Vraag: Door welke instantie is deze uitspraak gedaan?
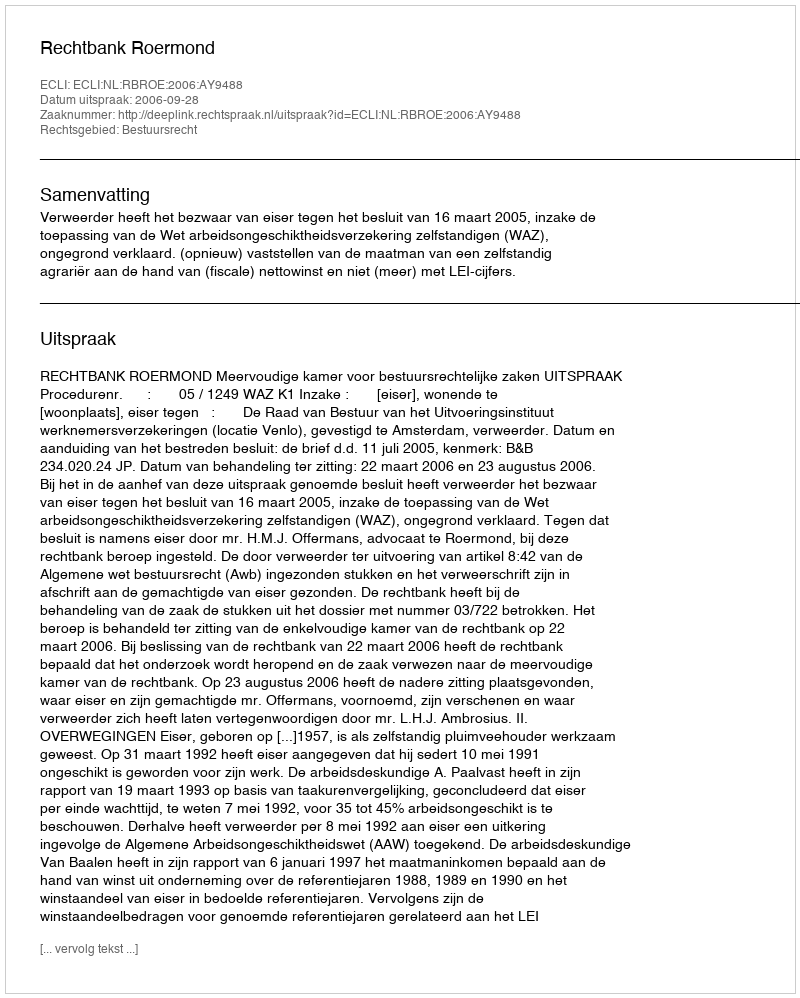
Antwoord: Rechtbank Roermond